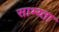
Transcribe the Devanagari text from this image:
साभ्य्ता